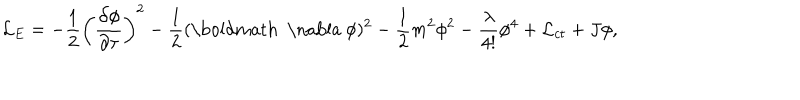
{ \cal L } _ { E } = - \frac { 1 } { 2 } \left( \frac { \partial \phi } { \partial \tau } \right) ^ { 2 } - \frac { 1 } { 2 } ( \mathrm { \boldmath ~ \nabla ~ } \phi ) ^ { 2 } - \frac { 1 } { 2 } m ^ { 2 } \phi ^ { 2 } - \frac { \lambda } { 4 ! } \phi ^ { 4 } + { \cal L } _ { c t } + J \phi ,